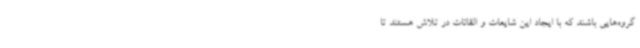
گروه‌هایی باشند که با ایجاد این شایعات و القائات در تلاش هستند تا